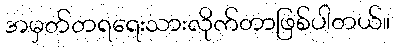
အမှတ်တရရေးသားလိုက်တာဖြစ်ပါတယ်။